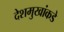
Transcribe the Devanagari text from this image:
देशमुखांकडे